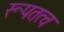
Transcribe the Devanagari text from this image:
रूपतत्व